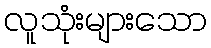
လူသုံးများသော